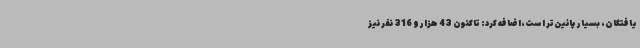
یافتگان، بسیار پائین‌تر است،اضافه کرد: تاکنون 43 هزار و 316 نفر نیز